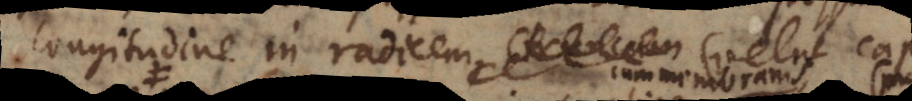
longitudine in radicem, truncum (v